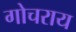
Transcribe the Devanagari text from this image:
गोचराय